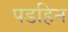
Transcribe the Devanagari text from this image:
पडहिन